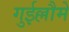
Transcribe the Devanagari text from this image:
गुईल्लौमे